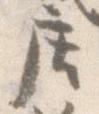
庄